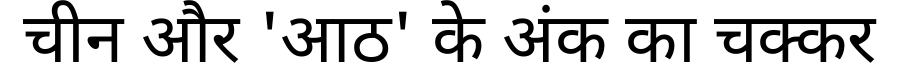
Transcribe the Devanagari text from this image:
चीन और 'आठ' के अंक का चक्कर